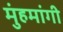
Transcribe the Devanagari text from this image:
मुंहमांगी